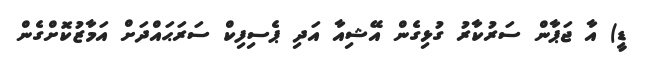
ޑީ) އާ ޖަޕާން ސަރުކާރު ގުޅިގެން އޭޝިއާ އަދި ޕެސިފިކް ސަރަޙައްދަށް އަމާޒުކޮށްގެން